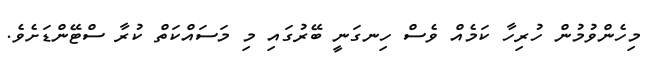
މިހެންވުމުން ހުރިހާ ކަމެއް ވެސް ހިނގަނީ ބޭރުގައި މި މަސައްކަތް ކުރާ ސްޓޭންޑަށެވެ.